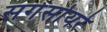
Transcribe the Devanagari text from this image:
सगेसोयरे